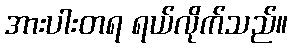
အားပါးတရ ရယ်လိုက်သည်။